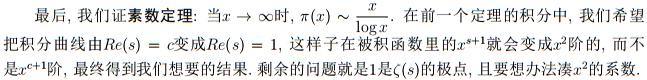
最后, 我们证素数定理: 当$x \to \infty$时, $\pi(x) \sim \frac{x}{\log x}$. 在前一个定理的积分中, 我们希望把积分曲线由$Re(s)=c$变成$Re(s)=1$, 这样子在被积函数里的$x^{s+1}$就会变成$x^{2}$阶的, 而不是$x^{c+1}$阶, 最终得到我们想要的结果. 剩余的问题就是$1$是$\zeta(s)$的极点, 且要想办法凑$x^{2}$的系数.